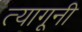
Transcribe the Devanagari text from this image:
त्यागूनी